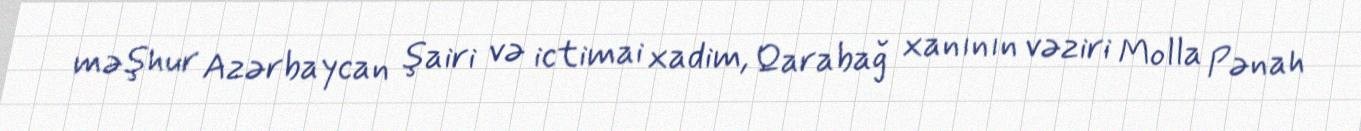
məşhur Azərbaycan şairi və ictimai xadim, Qarabağ xanının vəziri Molla Pənah